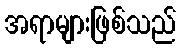
အရာများဖြစ်သည်